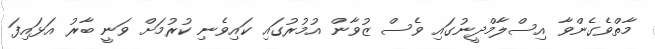
މާތްވެގެންވާ އިސްލާމްދީނުގައި ވެސް ޒުވާން އުމުރުގައި ކައިވެނި ކުރުމަށް ވަނީ ބާރު އަޅައިފަ